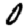
Digit: 0